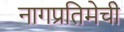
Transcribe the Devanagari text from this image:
नागप्रतिमेची